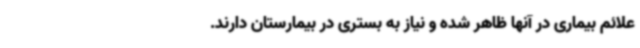
علائم بیماری در آنها ظاهر شده و نیاز به بستری در بیمارستان دارند.